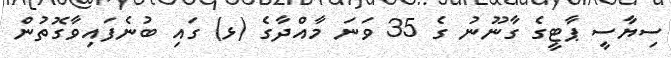
ސިޔާސީ ޕާޓީގެ ގާނޫނު ގެ 35 ވަނަ މާއްދާގެ (ޅ) ގައި ބުނެފައިވާގޮތުން